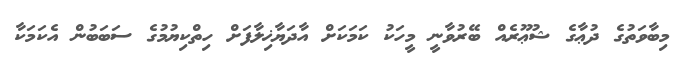
މިބާވަތުގެ ދުޢާގެ ޝުޢޫރެއް ބޭރުވާނީ މީހަކު ކަމަކަށް އާދަޔާޚިލާފަށް ހިތްކިޔުމުގެ ސަބަބުން އެކަމަކާ